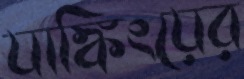
যাঙ্কিংয়ের